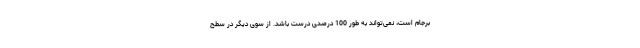
برجام است،‌ نمی‌تواند به طور 100 درصدی درست باشد. از سوی دیگر در سطح